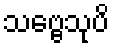
သဗ္ဗေသုပိ